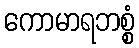
ကောမာရဘစ္စံ